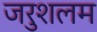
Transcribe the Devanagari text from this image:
जरुशलम